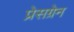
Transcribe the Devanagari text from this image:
प्रेसग्रेन